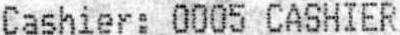
CASHIER: 0005 CASHIER